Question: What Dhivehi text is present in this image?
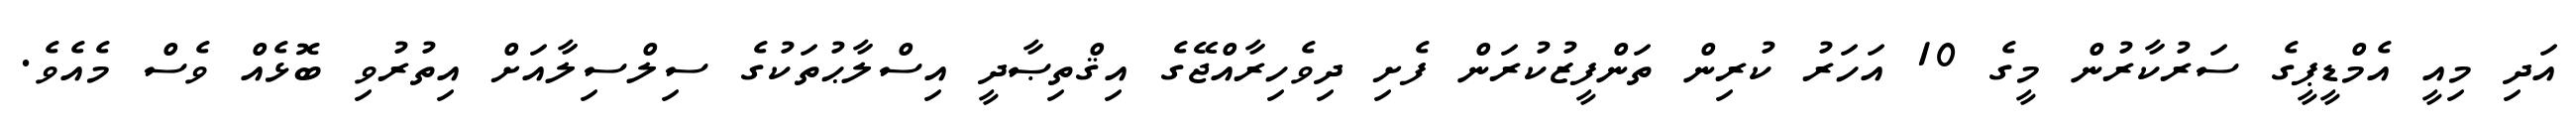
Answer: އަދި މިއީ އެމްޑީޕީގެ ސަރުކާރުން މީގެ 10 އަހަރު ކުރިން ތަންފީޒުކުރަން ފެށި ދިވެހިރާއްޖޭގެ އިޤްތިޞާދީ އިސްލާޙުތަކުގެ ސިލްސިލާއަށް އިތުރުވި ބޮޅެއް ވެސް މެއެވެ.